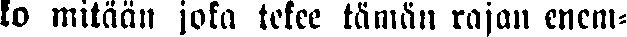
ko mitään joka tekee tämän rajan enem-